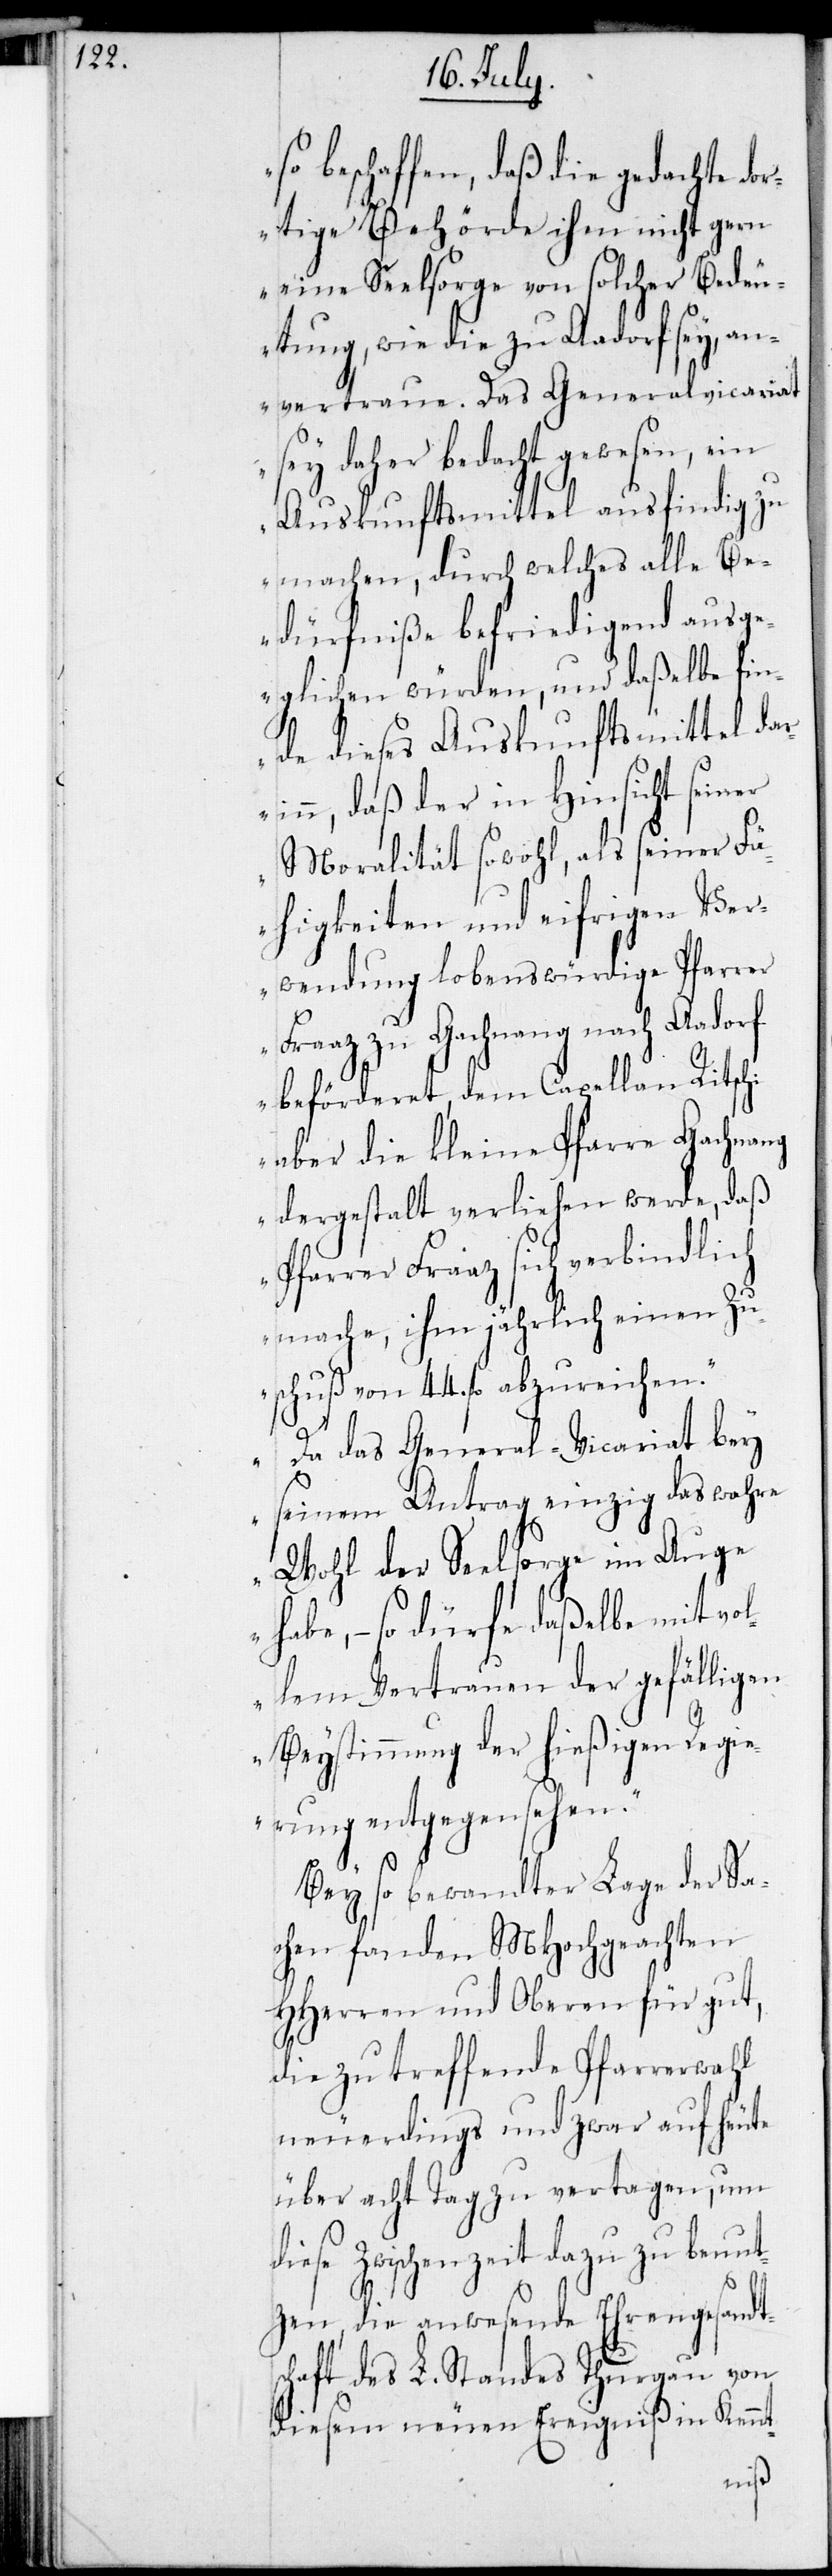
so beschaffen, daß die gedachte do¬
rtige Behörde ihm nicht gern
eine Seelsorge von solcher Bedeu¬
tung, wie die zu Aadorf sey, an¬
vertraue. Das Generalvicariat
sey daher bedacht gewesen, ein
Auskunftsmittel ausfindig zu
machen, durch welches alle Be¬
dürfniße befriedigend ausge¬
glichen würden, und daßelbe fin¬
de dieses Auskunftsmittel dar¬
inn, daß der in Hinsicht seiner
Moralität sowohl, als seiner Fä¬
higkeiten und eifrigen Ver¬
wendung lobenswürdige Pfarrer
Fraaz zu Gachnang nach Aadorf
beförderet, dem Capellan Ritschi
aber die kleine Pfarre Gachnang
dergestalt verliehen werde, daß
Pfarrer Fraaz sich verbindlich
mache, ihm jährlich einen Zu¬
schuß von 44. fl. abzureichen.
Da das General-Vicariat bey
seinem Antrag einzig das wahre
Wohl der Seelsorge im Auge
habe, – so dürfe daßelbe mit vol¬
lem Vertrauen der gefälligen
Beystimmung der hießigen Regi¬
erung entgegensehen.“
Bey so bewandter Lage der Sa¬
chen fanden MHochgeachten
HHerren und Oberen für gut,
die zu treffende Pfarrerwahl
neuerdings und zwar auf heute
über acht Tag zu vertagen, um di¬
ese Zwischenzeit dazu zu benut¬
zen, die anwesende Ehrengesandts¬
chaft des L. Standes Thurgau von
diesem neuen Ereignißen in Kennt-